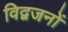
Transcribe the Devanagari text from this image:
विद्वजनों